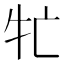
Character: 牤